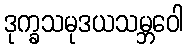
ဒုက္ခသမုဒယသမ္ဘဝေါ